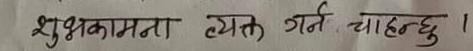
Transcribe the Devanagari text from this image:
शुभकामना व्यक्त गर्न चाहन्छु ।